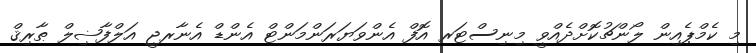
މި ކެމްޕެއިން ލޯންޗުކޮށްދެއްވީ މިނިސްޓަރ އޮފް އެންވަޔަރަންމަންޓް އެންޑް އެނާރޖީ އަލްފާޟިލް ޠާރިޤް